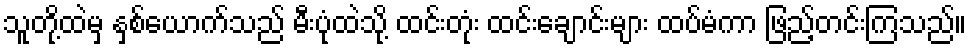
သူတို့ထဲမှ နှစ်ယောက်သည် မီးပုံထဲသို့ ထင်းတုံး ထင်းချောင်းများ ထပ်မံကာ ဖြည့်တင်းကြသည်။